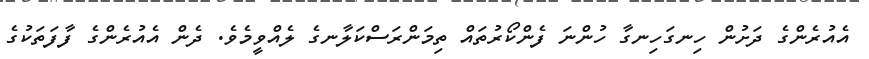
އެއުރެންގެ ދަށުން ހިނގަހިނގާ ހުންނަ ފެންކޯރުތައް ތިމަންރަސްކަލާނގެ ލެއްވީމެވެ. ދެން އެއުރެންގެ ފާފަތަކުގެ